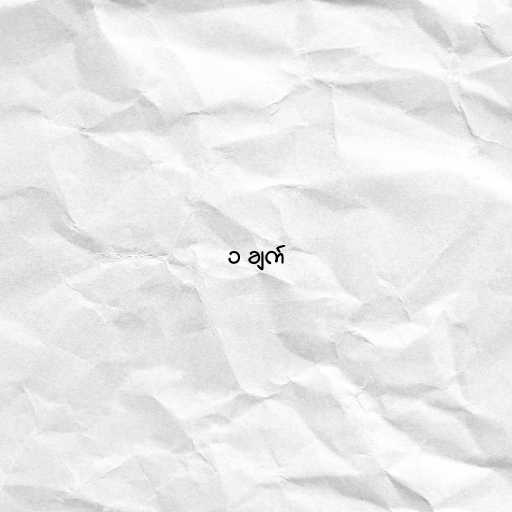
၁ ချက်